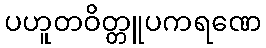
ပဟူတဝိတ္တူပကရဏေ